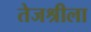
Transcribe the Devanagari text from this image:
तेजश्रीला